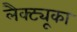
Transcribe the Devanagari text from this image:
लैक्ट्यूका